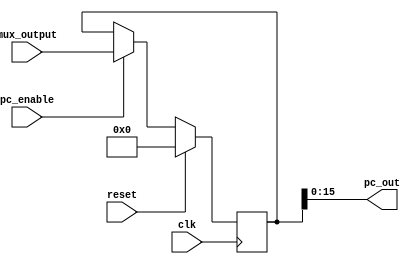
`timescale 1ns / 1ps
//////////////////////////////////////////////////////////////////////////////////
// Company: 
// Engineer: 
// 
// Design Name: 
// Module Name:    Program_counter 
// Project Name: 
// Target Devices: 
// Tool versions: 
// Description: 
//
// Dependencies: 
//
// Revision: 
// Revision 0.01 - File Created
// Additional Comments: 
//
//////////////////////////////////////////////////////////////////////////////////
module Program_counter(pc_out,mux_output,pc_enable,clk,reset);
input [31:0]mux_output;
input pc_enable,clk,reset;
output[15:0] pc_out;
reg [31:0]program_counterReg;
//store to reg


assign pc_out = program_counterReg;

always@(posedge clk)
	begin
	if(reset)
		begin
		program_counterReg <=32'b0;
		end
	else if(pc_enable == 1)
		program_counterReg <= mux_output;
	end



endmodule